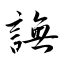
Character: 譕